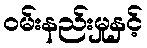
ဝမ်းနည်းမှုနှင့်